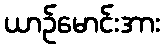
ယာဉ်မောင်းအား